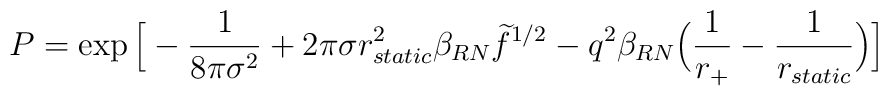
P = \exp\Big[ -{1 \over 8 \pi \sigma^2} + 2 \pi \sigma r_{static}^2 \beta_{RN} \widetilde f^{1/2}- q^2 \beta_{RN} \Big( {1 \over r_{+}} - {1 \over r_{static}} \Big)\Big]